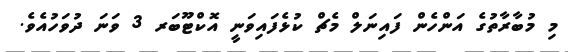
މި މުބާރާތުގެ އަންހެން ފައިނަލް މެޗް ކުޅެފައިވަނީ އޮކްޓޫބަރ 3 ވަނަ ދުވަހުއެވެ.